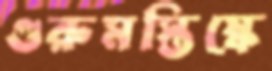
গুরুমস্তিষ্কে